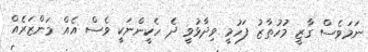
ނަމަވެސް ގާޒީ މުހުތާޒު ފަހުމީ ވިދާޅުވީ ދެ ހެކީންނަކީ ވެސް އެއް މަންޒަރެއް